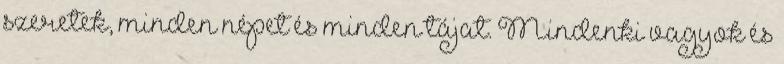
szeretek, minden népet és minden tájat. Mindenki vagyok és